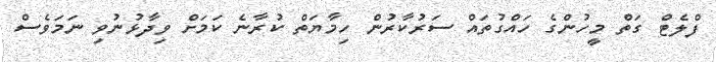
ފްލެޓް ގަތް މީހުންގެ ހައްގުތައް ސަރުކާރުން ހިމާޔަތް ކުރާނެ ކަމަށް ވިދާޅުނުވި ނަމަވެސް